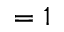
= 1